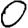
Digit: 0